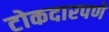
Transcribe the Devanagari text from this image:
टोकदारपणे